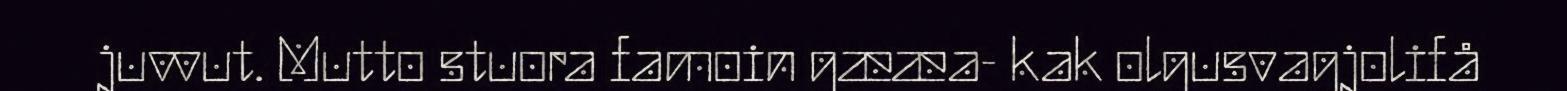
juvvut. Mutto stuora famoin gææa- kak olgusvagjolifå